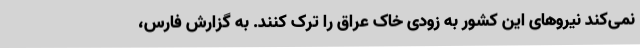
نمی‌کند نیروهای این کشور به زودی خاک عراق را ترک کنند. به گزارش فارس،‌